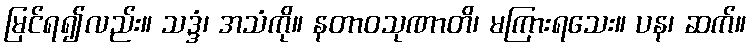
မြင်ရ၍လည်း။ သဒ္ဒံ၊ အသံကို။ နတာဝသုဏာတိ၊ မကြားရသေး။ ပန၊ ဆက်။